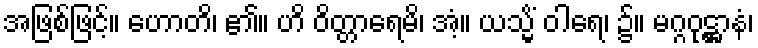
အဖြစ်ဖြင့်။ ဟောတိ၊ ၏။ ဟိ ဝိတ္တာရေမိ၊ အံ့။ ယသ္မိံ ဝါရေ၊ ၌။ မဂ္ဂဝုဋ္ဌာနံ၊